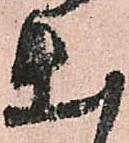
出